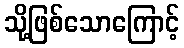
သို့ဖြစ်သောကြောင့်